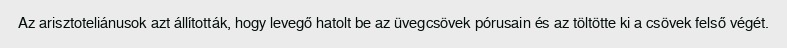
Az arisztoteliánusok azt állították, hogy levegő hatolt be az üvegcsövek pórusain és az töltötte ki a csövek felső végét.